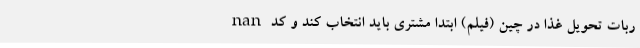
nan ربات تحویل غذا در چین (فیلم) ابتدا مشتری باید انتخاب کند و کد